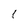
Character: 1